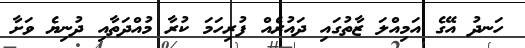
ހަނދު އޭގެ އަމިއްލަ ޒާތުގައި ދައުރެއް ފުރިހަމަ ކުރާ މުއްދަތާއި ދުނިޔެ ވަށާ